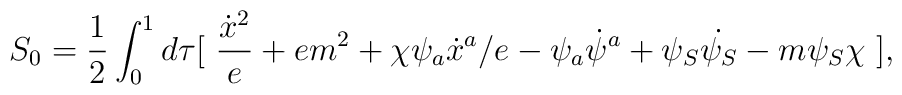
S_0 = \frac{1}{2}\int^1_0 d\tau [~ \frac{\dot{x}^2}{e} + em^2 + \chi \psi_a \dot{x}^a /e -\psi_a \dot{\psi}^a + \psi_S \dot{\psi_S} - m \psi_S \chi~],